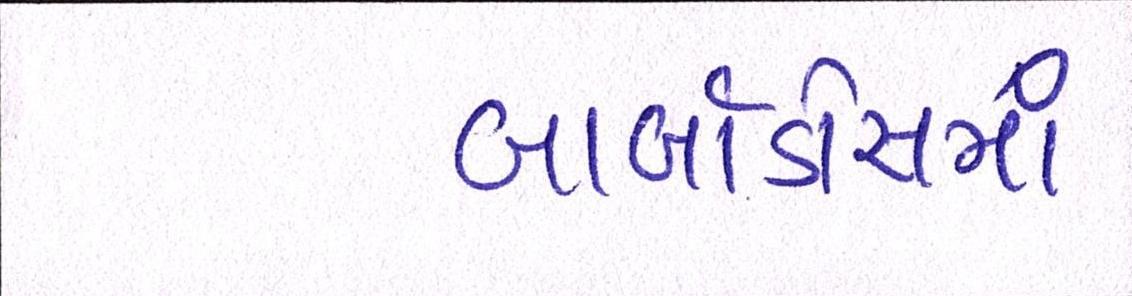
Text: બાર્બાડોસમાં